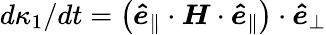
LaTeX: d\kappa_{1}/dt=\left(\boldsymbol{\hat{e}}_{\parallel}\cdot\boldsymbol{H}\cdot\boldsymbol{\hat{e}}_{\parallel}\right)\cdot\boldsymbol{\hat{e}}_{\perp}